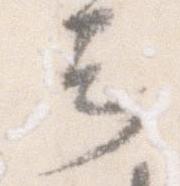
言